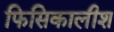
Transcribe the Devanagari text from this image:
फिसिकालीश